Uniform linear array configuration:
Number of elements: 4
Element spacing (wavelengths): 0.25
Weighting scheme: cosine
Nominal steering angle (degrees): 60
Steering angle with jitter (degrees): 60.445
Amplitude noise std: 0.05
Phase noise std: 0.05

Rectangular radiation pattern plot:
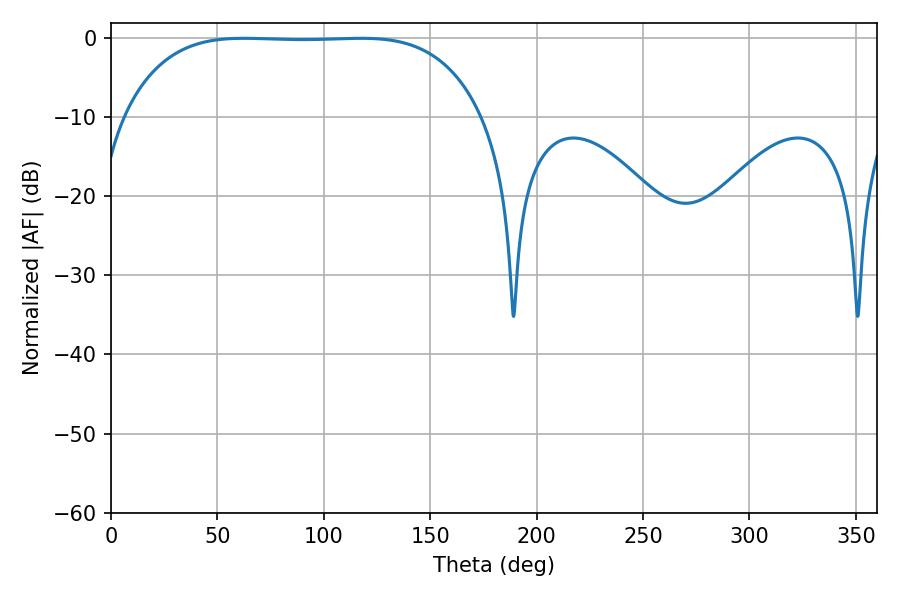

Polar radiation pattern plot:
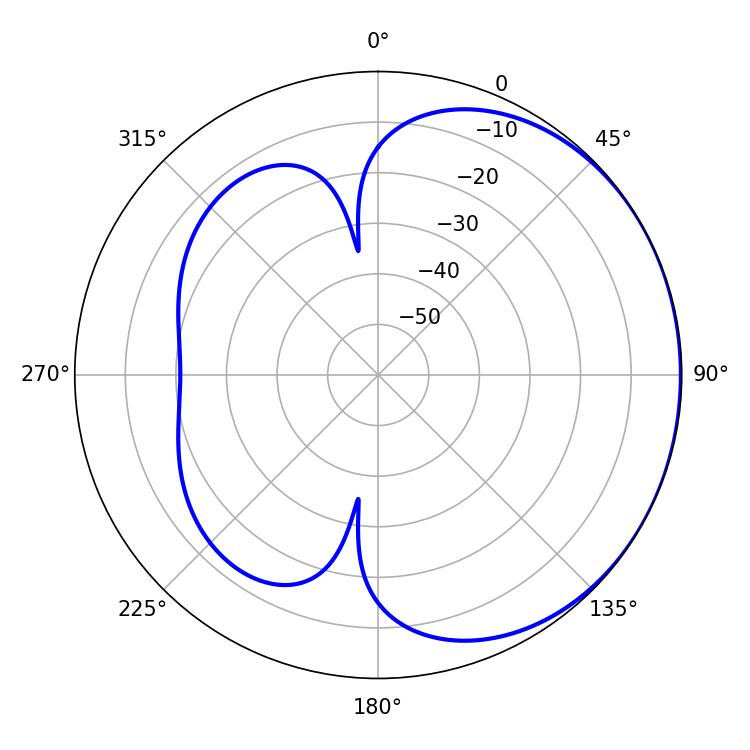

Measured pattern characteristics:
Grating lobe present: FALSE
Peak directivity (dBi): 0.739
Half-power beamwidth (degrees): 130.68
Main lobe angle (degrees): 62.46